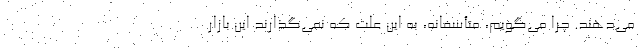
می‌دهند. چرا می‌گویم، متأسفانه، به این علت که نمی‌گذارند این بازار